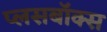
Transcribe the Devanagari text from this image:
प्लसबॉक्स